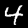
Label: 4